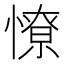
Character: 憭